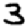
Digit: 3